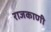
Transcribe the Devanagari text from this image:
राजकाणी